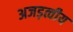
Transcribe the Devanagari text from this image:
अजड़त्वीय